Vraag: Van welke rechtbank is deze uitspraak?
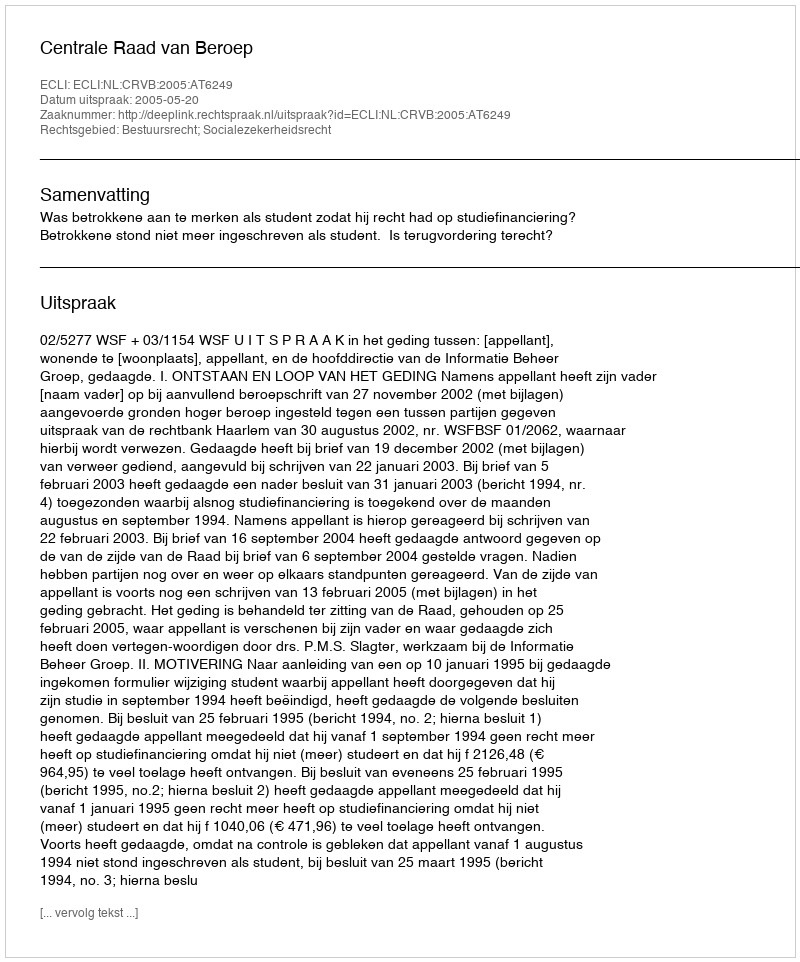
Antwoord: Centrale Raad van Beroep